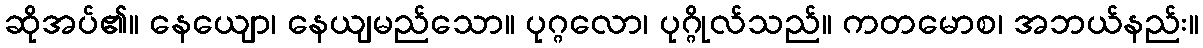
ဆိုအပ်၏။ နေယျော၊ နေယျမည်သော။ ပုဂ္ဂလော၊ ပုဂ္ဂိုလ်သည်။ ကတမောစ၊ အဘယ်နည်း။